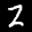
Label: 2